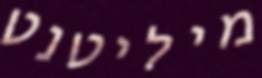
מיליטנט